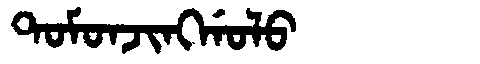
Manchu: ᡨᠣᠮᠣᠨᠵᡳᠩᡤᠣᠯᠣ
Romanization: TOMONJINGGOLO